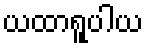
ယထာရူပါယ